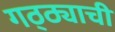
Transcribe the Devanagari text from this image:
गठ्ठ्याची